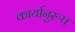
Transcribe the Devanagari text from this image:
कार्यानुरूप